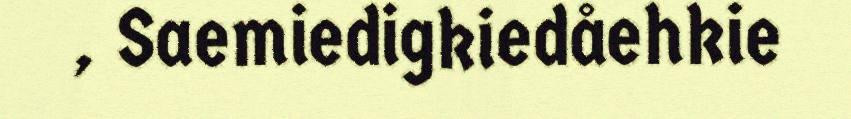
, Saemiedigkiedåehkie